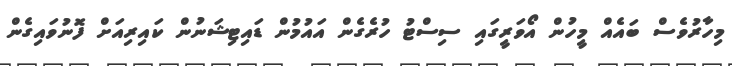
މިހާރުވެސް ބައެއް މީހުން އޯވަރީގައި ސިސްޓު ހުރެގެން އައުމުން ޑައިޓިޝަނުން ކައިރިއަށް ފޮނުވައިގެން